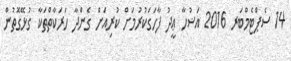
14 ސެޕްޓެމްބަރ 2016 އަޟުހާ ޢީދު ފާހަގަކުރުމަށް ކުރިއަށް ގެންދާ ހަރަކާތްތަކާ ގުޅޭގޮތުން